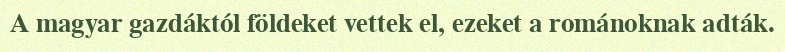
A magyar gazdáktól földeket vettek el, ezeket a románoknak adták.